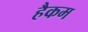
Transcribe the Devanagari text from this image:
हैकम